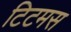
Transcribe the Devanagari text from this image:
टिटमस